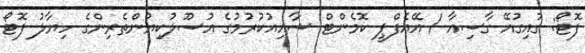
ފޮޓޯ: ގުއިގުއޭ ގާސިއާ / އޭއެފްޕީ ކޮމެންޓް ޝާއިއުކުރުމުގެ އުސޫލުކިޔުންތެރިންގެ ހިޔާލު ފޮޓޯ